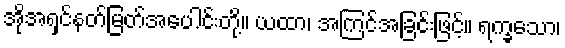
အိုအရှင်နတ်မြတ်အပေါင်းတို့။ ယထာ၊ အကြင်အခြင်းဖြင့်။ ရက္ခသော၊